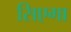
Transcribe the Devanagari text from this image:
सिएगा